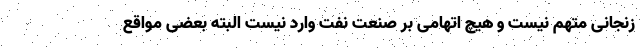
زنجانی متهم نیست و هیچ اتهامی بر صنعت نفت وارد نیست البته بعضی مواقع